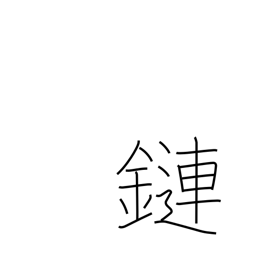
Meaning: connection